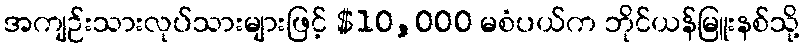
အကျဉ်းသားလုပ်သားများဖြင့် $10,000 မစံပယ်က ဘိုင်ယန်မြူးနစ်သို့